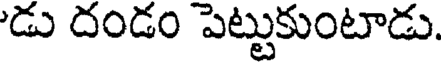
'డు దండం పెట్టుకుంటాడు.